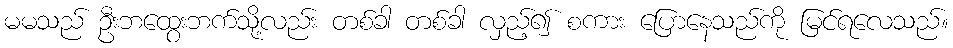
မမသည် ဦးဘထွေးဘက်သို့လည်း တစ်ခါ တစ်ခါ လှည့်၍ စကား ပြောနေသည်ကို မြင်ရလေသည်။